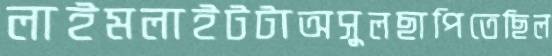
লাইমলাইটটাঅসুলছাপিতেছিল